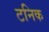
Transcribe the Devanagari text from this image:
टनिक